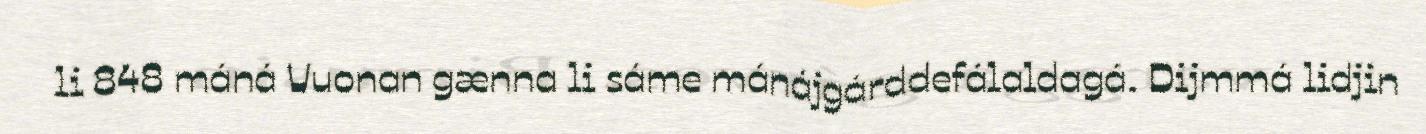
li 848 máná Vuonan gænna li sáme mánájgárddefálaldagá. Dijmmá lidjin